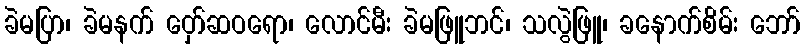
ခဲမပြာ၊ ခဲမနက် ဝှော်ဆဝရော၊ လောင်မီး ခဲမဖြူဘင်၊ သလွဲဖြူ၊ ခနောက်စိမ်း ဘော်